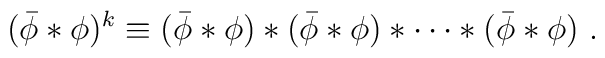
(\bar{\phi}\ast\phi)^{k} \equiv  (\bar{\phi}\ast\phi)\ast(\bar{\phi}\ast\phi)\ast \cdots\ast(\bar{\phi}\ast\phi) ~.